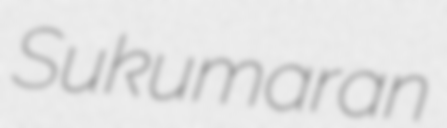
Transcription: Sukumaran